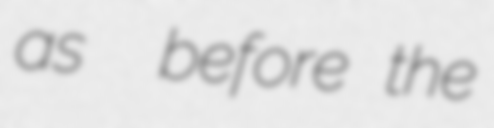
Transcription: as 硤州 before the